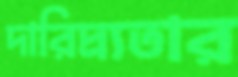
দারিদ্র্যতার